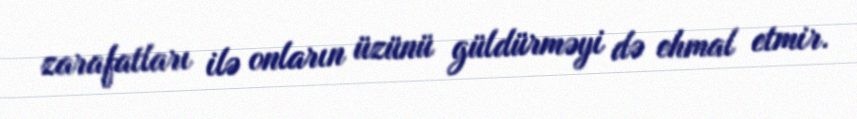
zarafatları ilə onların üzünü güldürməyi də ehmal etmir.